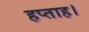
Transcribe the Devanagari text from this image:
हप्ताह।